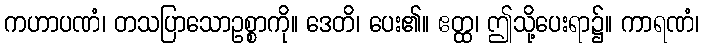
ကဟာပဏံ၊ တသပြာသောဥစ္စာကို။ ဒေတိ၊ ပေး၏။ ဧတ္ထ၊ ဤသို့ပေးရာ၌။ ကာရဏံ၊